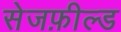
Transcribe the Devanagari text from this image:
सेजफ़ील्ड